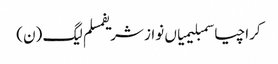
کراچیاسمبلیمیاں نواز شریفمسلم لیگ (ن)